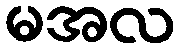
မအလ